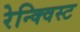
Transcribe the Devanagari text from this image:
रेन्क्विस्ट